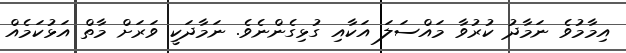
އިމާމުވެ ނަމާދު ކުރުވާ މައްސަލަ އަކާއި ގުޅިގެންނެވެ. ނަމާދަކީ ވަރަށް މާތް އަޅުކަމެއް